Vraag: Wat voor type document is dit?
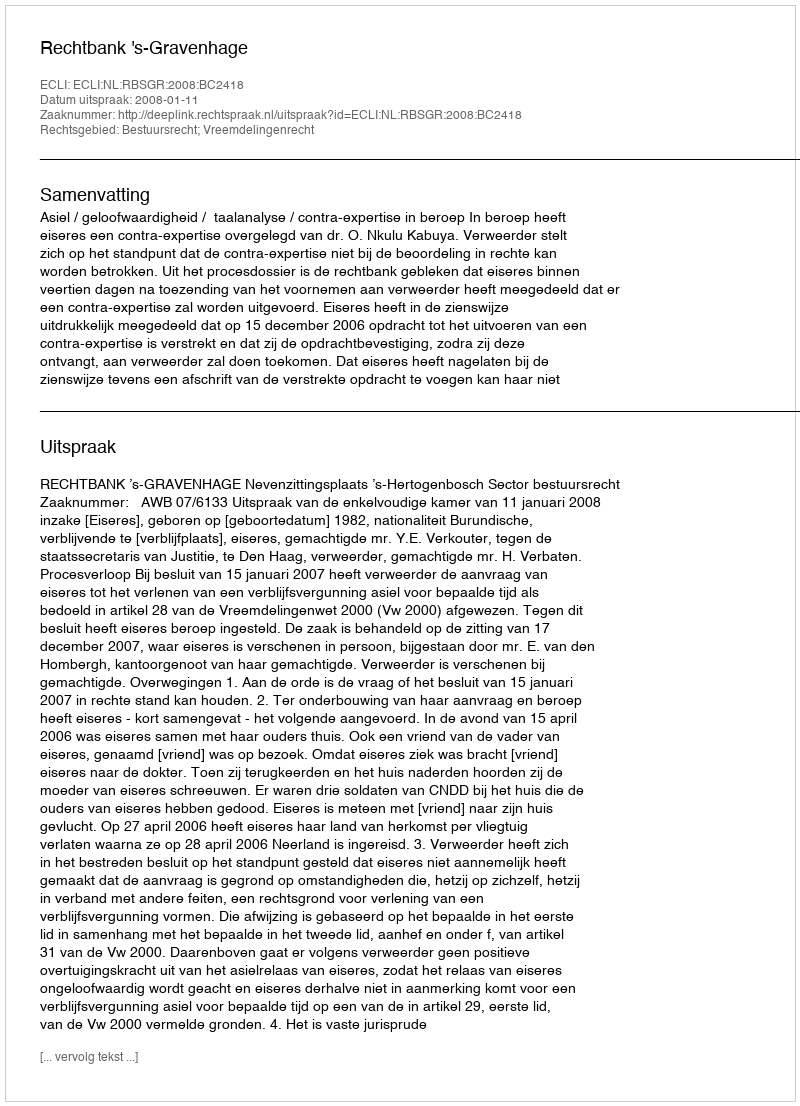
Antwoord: Uitspraak